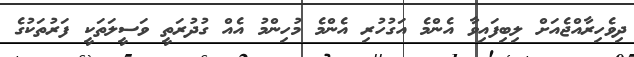
ދިވެހިރާއްޖެއަށް ލިބިފައިވާ އެންމެ އަގުހުރި އެންމެ މުހިންމު އެއް ގުދުރަތީ ވަސީލަތަކީ ފަރުތަކުގެ